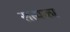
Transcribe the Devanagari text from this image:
सत्यका